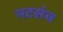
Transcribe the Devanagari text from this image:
नटसंच